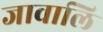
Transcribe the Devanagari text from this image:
जावालि